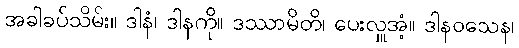
အခါခပ်သိမ်း။ ဒါနံ၊ ဒါနကို။ ဒဿာမိတိ၊ ပေးလှူအံ့။ ဒါနဝသေန၊